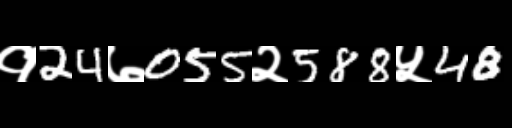
Text: १24७055२588५48